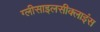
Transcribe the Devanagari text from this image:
ग्लीसाइलसीक्लाइंस